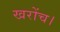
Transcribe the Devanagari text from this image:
खरोंच।